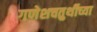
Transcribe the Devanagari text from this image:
गणेशचतुर्थीच्या